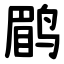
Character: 鹛